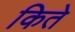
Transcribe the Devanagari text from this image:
किते